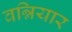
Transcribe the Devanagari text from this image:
वन्नियार